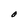
Character: O